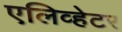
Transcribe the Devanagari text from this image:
एलिव्हेटर